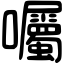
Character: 囑